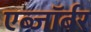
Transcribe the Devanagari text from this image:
एब्जॉर्बर